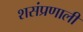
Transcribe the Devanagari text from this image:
शसंप्रणाली